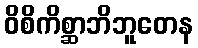
ဝိစိကိစ္ဆာဘိဘူတေန